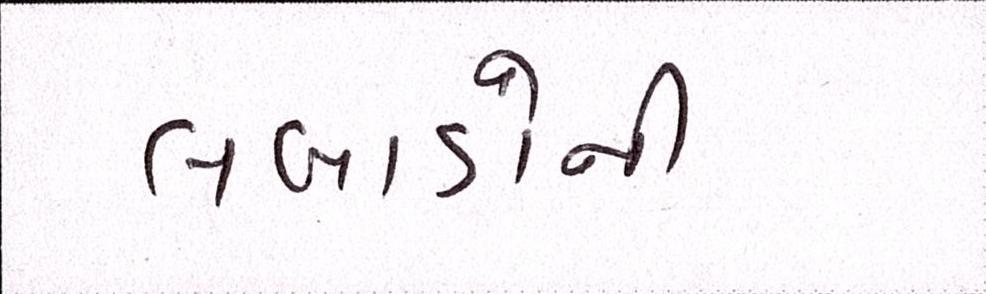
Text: લબાડોની